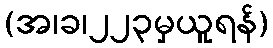
(အ၊ခ၊၂၂၃မှယူရန်)